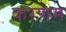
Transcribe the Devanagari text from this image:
करणम